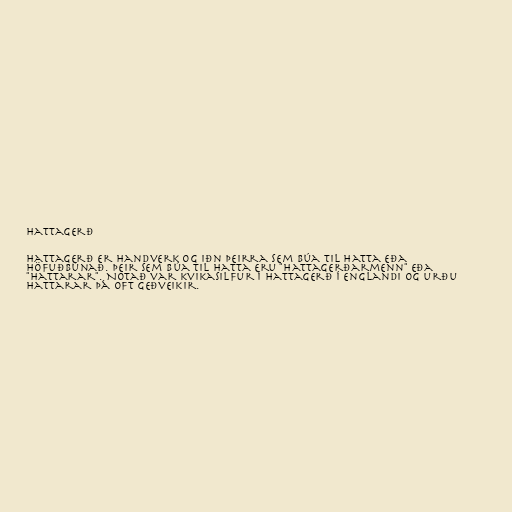
Hattagerð

Hattagerð er handverk og iðn þeirra sem búa til hatta eða
höfuðbúnað. Þeir sem búa til hatta eru "hattagerðarmenn" eða
"hattarar". Notað var kvikasilfur í hattagerð í Englandi og urðu
hattarar þá oft geðveikir.